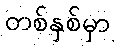
တစ်နှစ်မှာ